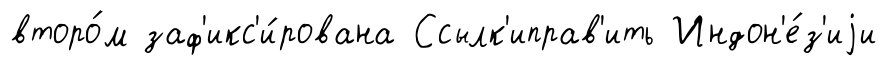
второ́м заф'икс'и́рована Ссылк'иправ'ить Индон'е́з'иjи